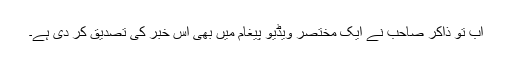
اب تو ذاکر صاحب نے ایک مختصر ویڈیو پیغام میں بھی اس خبر کی تصدیق کر دی ہے۔